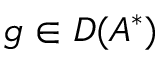
g \in D ( A ^ { * } )